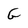
Character: G